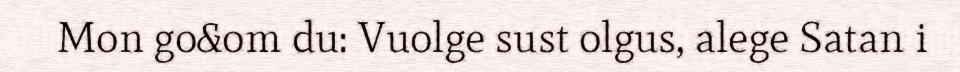
Mon go&om du: Vuolge sust olgus, alege Satan i